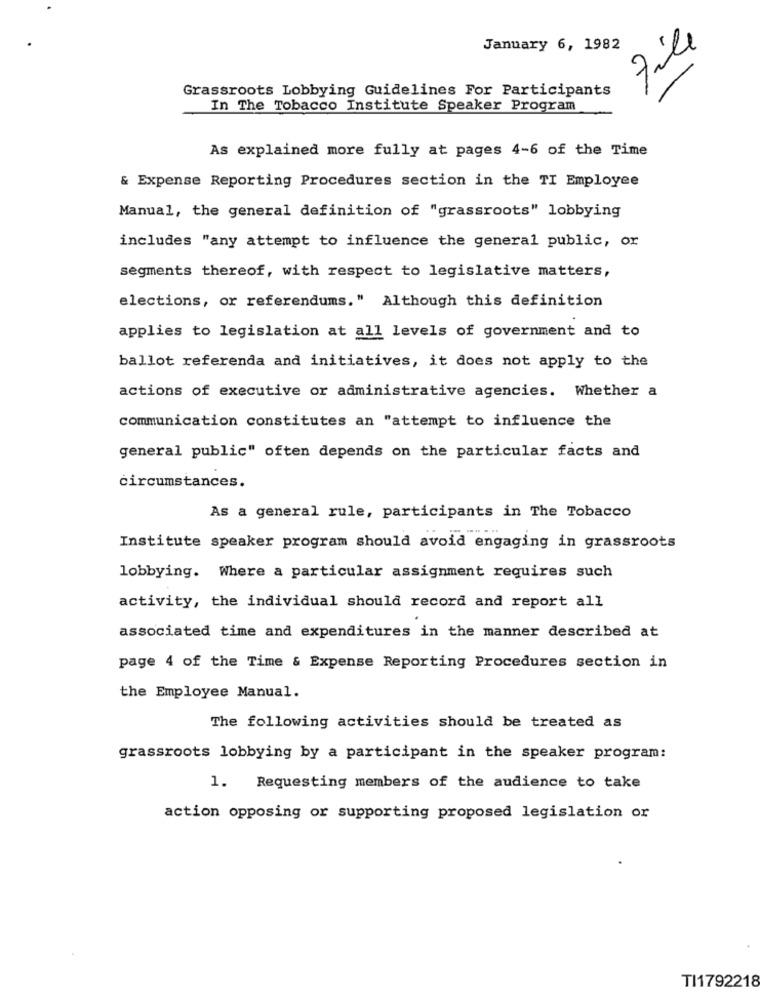
File
January 6, 1982
Grassroots Lobbying Guidelines For Participants
In The Tobacco Institute Speaker Program
As explained more fully at pages 4-6 of the Time
& Expense Reporting Procedures section in the TI Employee
Manual, the general definition of "grassroots" lobbying
includes "any attempt to influence the general public, or
segments thereof, with respect to legislative matters,
elections, or referendums." Although this definition
applies to legislation at all levels of government and to
ballot referenda and initiatives, it does not apply to the
actions of executive or administrative agencies. Whether a
communication constitutes an "attempt to influence the
general public" often depends on the particular facts and
circumstances.
As a general rule, participants in The Tobacco
Institute speaker program should avoid engaging in grassroots
lobbying. Where a particular assignment requires such
activity, the individual should record and report all
associated time and expenditures in the manner described at
page 4 of the Time & Expense Reporting Procedures section in
the Employee Manual.
The following activities should be treated as
grassroots lobbying by a participant in the speaker program:
1. Requesting members of the audience to take
action opposing or supporting proposed legislation or
TI1792218